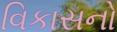
વિકાસનો